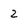
Character: 2